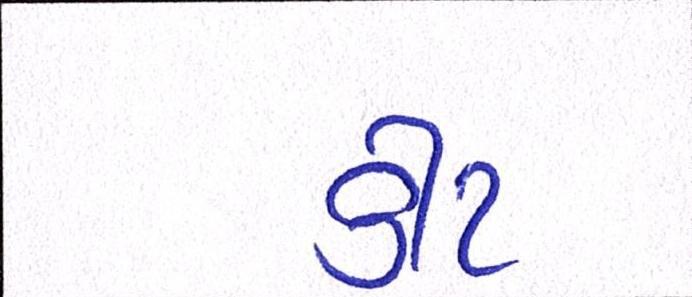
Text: કીટ